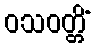
ဝသဝတ္တိံ